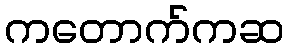
ကတောက်ကဆ